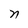
Character: n